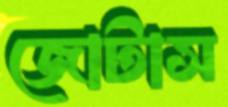
জোটাস